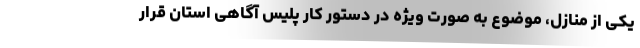
یکی از منازل، موضوع به صورت ویژه در دستور کار پلیس آگاهی استان قرار